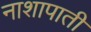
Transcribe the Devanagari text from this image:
नाशापाती